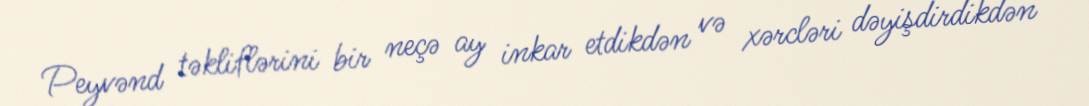
Peyvənd təkliflərini bir neçə ay inkar etdikdən və xərcləri dəyişdirdikdən